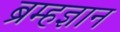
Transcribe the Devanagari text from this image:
ब्रम्हज्ञान